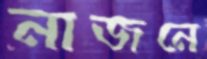
নাজনে